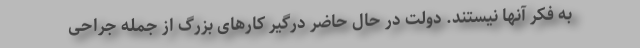
به فکر آنها نیستند. دولت در حال حاضر درگیر کارهای بزرگ از جمله جراحی